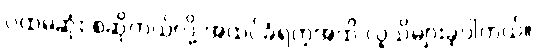
ပထမဆုံး စဆိုတယ်လို့ အထင်ခံရတဲ့အထိ လူသိများခဲ့ပါတယ်။